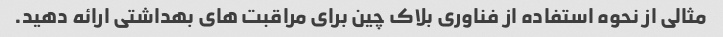
مثالی از نحوه استفاده از فناوری بلاک چین برای مراقبت های بهداشتی ارائه دهید.